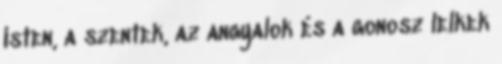
Isten, a szentek, az angyalok és a gonosz lelkek